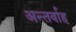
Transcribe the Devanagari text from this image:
अन्‍तर्वाह